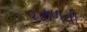
રઝળતી